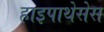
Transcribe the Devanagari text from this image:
हाइपाथेसेस